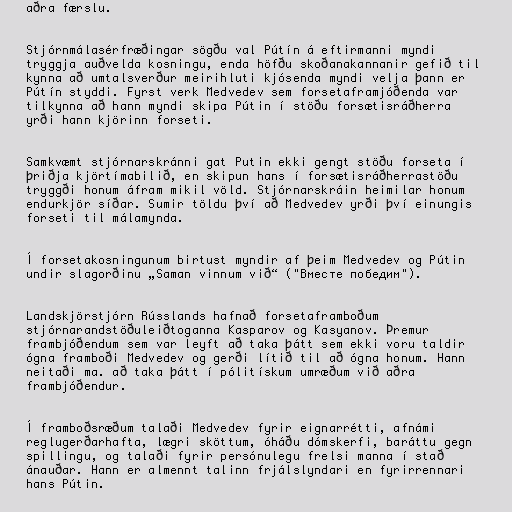
aðra færslu.

Stjórnmálasérfræðingar sögðu val Pútín á eftirmanni myndi
tryggja auðvelda kosningu, enda höfðu skoðanakannanir gefið til
kynna að umtalsverður meirihluti kjósenda myndi velja þann er
Pútín styddi. Fyrst verk Medvedev sem forsetaframjóðenda var
tilkynna að hann myndi skipa Pútin í stöðu forsætisráðherra
yrði hann kjörinn forseti.

Samkvæmt stjórnarskránni gat Putin ekki gengt stöðu forseta í
þriðja kjörtímabilið, en skipun hans í forsætisráðherrastöðu
tryggði honum áfram mikil völd. Stjórnarskráin heimilar honum
endurkjör síðar. Sumir töldu því að Medvedev yrði því einungis
forseti til málamynda.

Í forsetakosningunum birtust myndir af þeim Medvedev og Pútin
undir slagorðinu „Saman vinnum við“ ("Вместе победим").

Landskjörstjórn Rússlands hafnað forsetaframboðum
stjórnarandstöðuleiðtoganna Kasparov og Kasyanov. Þremur
frambjóðendum sem var leyft að taka þátt sem ekki voru taldir
ógna framboði Medvedev og gerði lítið til að ógna honum. Hann
neitaði ma. að taka þátt í pólitískum umræðum við aðra
frambjóðendur.

Í framboðsræðum talaði Medvedev fyrir eignarrétti, afnámi
reglugerðarhafta, lægri sköttum, óháðu dómskerfi, baráttu gegn
spillingu, og talaði fyrir persónulegu frelsi manna í stað
ánauðar. Hann er almennt talinn frjálslyndari en fyrirrennari
hans Pútin.